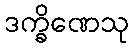
ဒက္ခိဏေသု